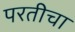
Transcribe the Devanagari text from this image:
परतीचा